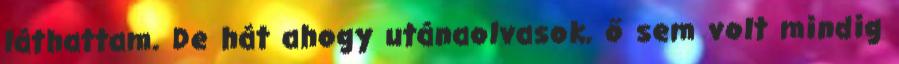
láthattam. De hát ahogy utánaolvasok, ő sem volt mindig